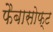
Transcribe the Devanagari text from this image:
फैबासोफ्ट